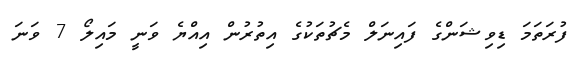
ފުރަތަމަ ޑިވިޝަންގެ ފައިނަލް މެޗުތަކުގެ އިތުރުން އިއްޔެ ވަނީ މައިލޯ 7 ވަނަ